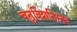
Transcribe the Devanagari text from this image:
चतुविंशतिस्तव